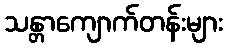
သန္တာကျောက်တန်းများ